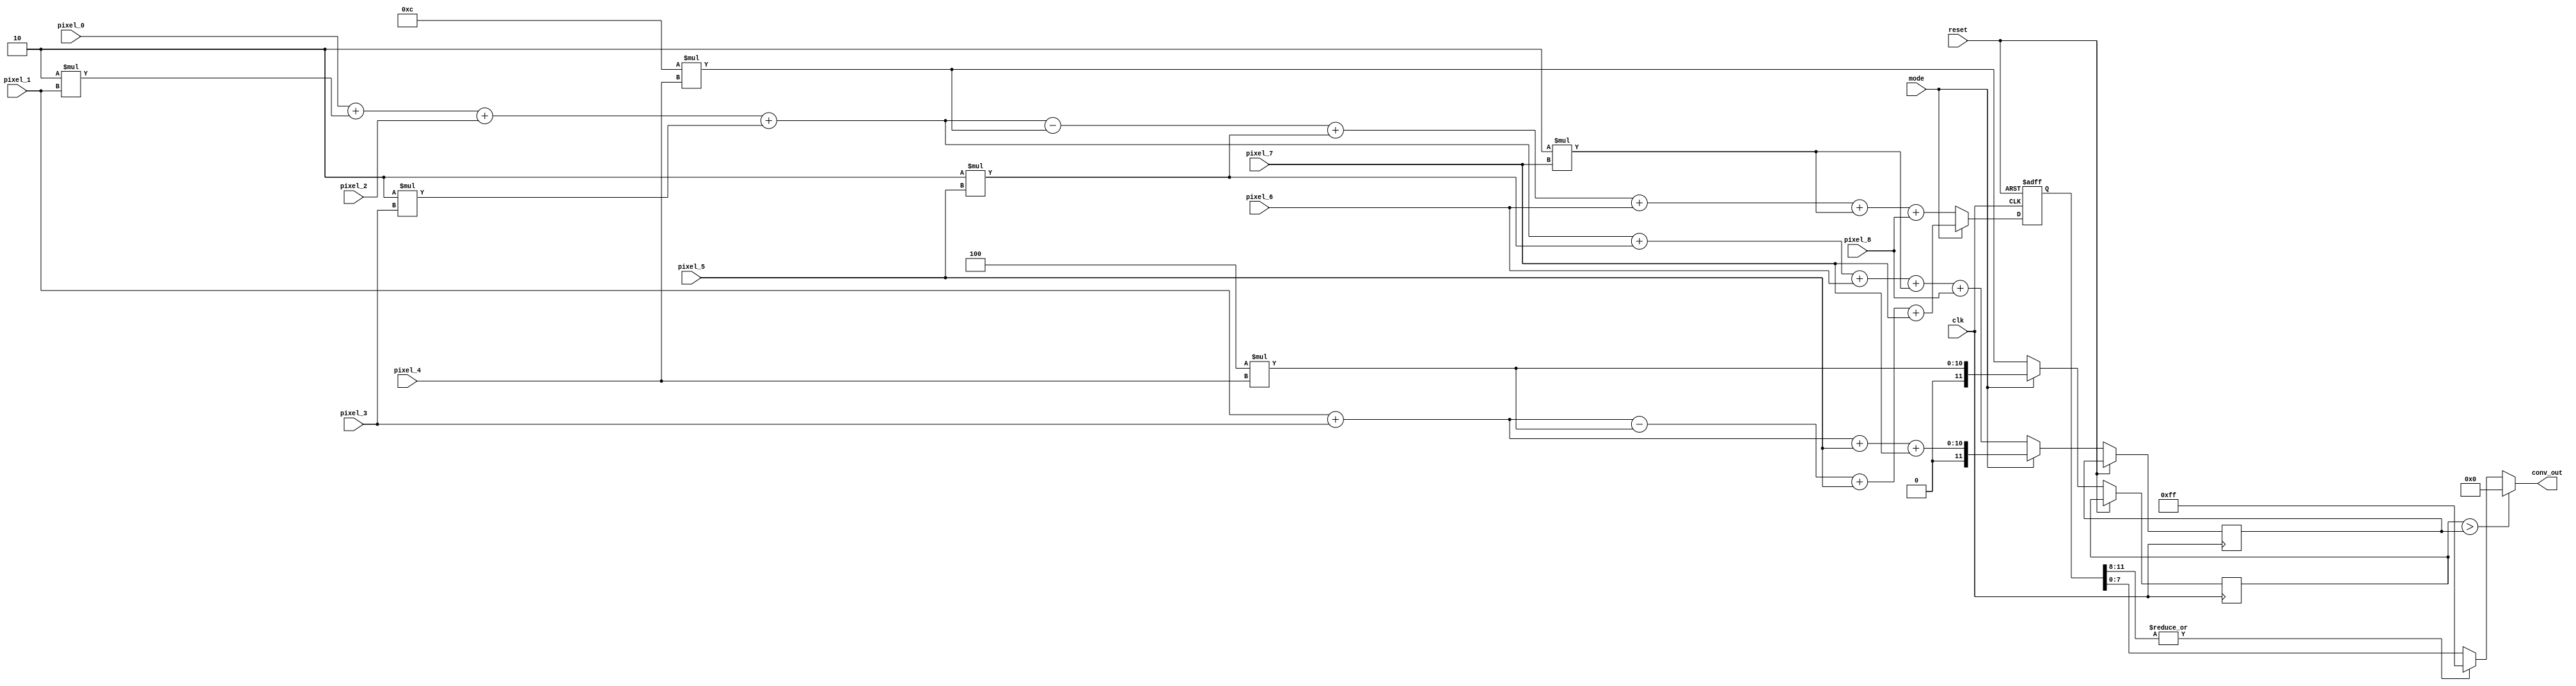
module Convolver #(
    parameter BIT_PER_PIXEL = 8,
    parameter NUM_PIXELS = 9
) (
    input
        clk,
        reset,
        mode,
    input wire[BIT_PER_PIXEL-1:0]
        pixel_0,
        pixel_1,
        pixel_2,
        pixel_3,
        pixel_4,
        pixel_5,
        pixel_6,
        pixel_7,
        pixel_8,
    output wire[BIT_PER_PIXEL-1:0]
        conv_out
);

parameter TMP_WIRE_WIDTH = 12;  // 12 bit is the maximum required width to store the output
reg[TMP_WIRE_WIDTH-1:0] conv_out_tmp;
reg[TMP_WIRE_WIDTH-1:0] conv_out_tmp_sum_of_positive;
reg[TMP_WIRE_WIDTH-1:0] conv_out_tmp_sum_of_negative;

// if conv_out_tmp is negative, conv_out will be zero.
// otherwise, if conv_out_tmp is more than 255, conv_out will be 255.
//            if not, conv_out_tmp is ensured to be within [0, 255] so conv_out will be conv_out_tmp itself.
assign conv_out = (conv_out_tmp_sum_of_negative>conv_out_tmp_sum_of_positive) ? 8'h00 :
                  (|conv_out_tmp[TMP_WIRE_WIDTH-1:8]) ? 8'hff : conv_out_tmp[BIT_PER_PIXEL-1:0];

always @(posedge clk, posedge reset) begin
    if (reset) begin
        conv_out_tmp <= 8'b00000000;
    end
    else begin
        if (mode) begin
            conv_out_tmp <= pixel_1 + pixel_3 - 4*pixel_4 + pixel_5 + pixel_7;
            conv_out_tmp_sum_of_positive <= pixel_1 + pixel_3 + pixel_5 + pixel_7;
            conv_out_tmp_sum_of_negative <= 4*pixel_4;
        end
        else begin
            conv_out_tmp <= pixel_0 + 2*pixel_1 + pixel_2 + 2*pixel_3 - 12*pixel_4 + 2*pixel_5 + pixel_6 + 2*pixel_7 + pixel_8;
            conv_out_tmp_sum_of_positive <= pixel_0 + 2*pixel_1 + pixel_2 + 2*pixel_3 + 2*pixel_5 + pixel_6 + 2*pixel_7 + pixel_8;
            conv_out_tmp_sum_of_negative <= 12*pixel_4;
        end
    end
end

endmodule